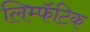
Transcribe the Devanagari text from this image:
लिम्फॅटिक